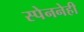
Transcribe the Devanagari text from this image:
स्पेननेही